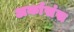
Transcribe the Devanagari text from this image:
अर्कासंस